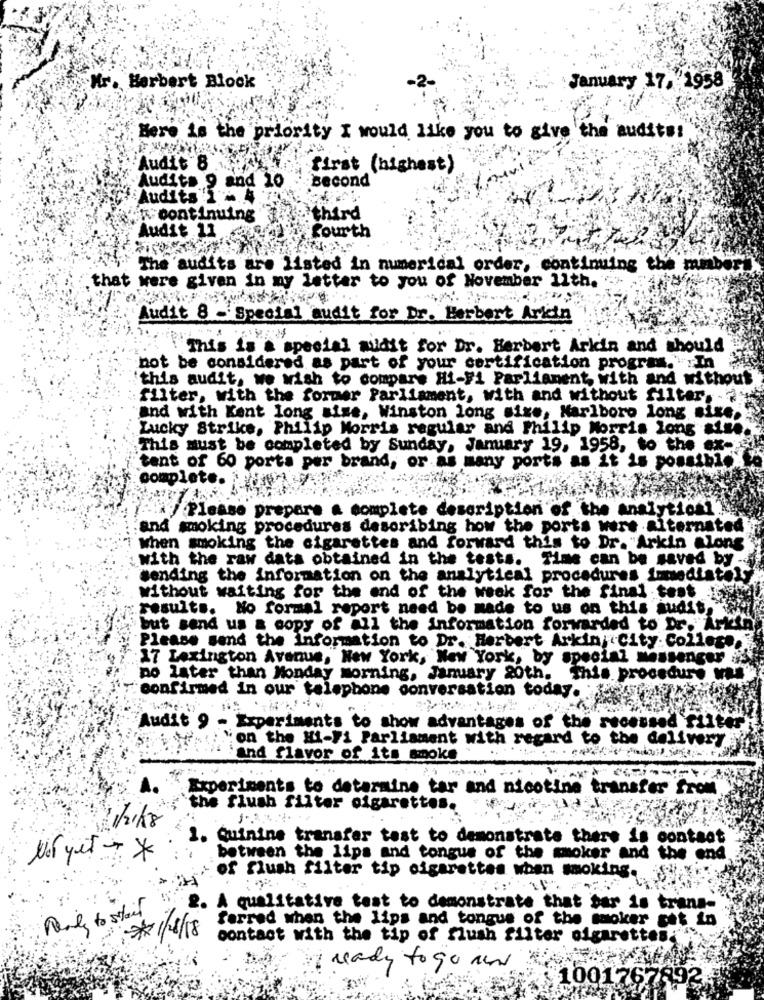
Mr. Herbert Block
January 17, 1958
Here is the priority I would like you to give the audits!
Audit 8
first (highest)
second
Audits 9 and 10
Audits .4
continuing
third
Audit 11
fourth
The 'audits are listed in numerical order, continuing the mil
that were given in my letter to you of November 11th.
Audit 8 -'Special audit for Dr. Herbert Arkin
This is A special midit for Dr. Herbert Arkin and should
not be considered as part of your certification program.""In
this audit, we wish to compare Hi-Fi Parliament, with and without
filter, with the former Parliament, with and without filter.
and with Kent long aise, Winston long size, Marlboro long six
Lucky Strike, Philip Morris regular and Philip Morris long aine
This must be completed by Sunday, January 19, 1958, to the ex-
tent of 60 porta per brand, or as many ports as it is possible"
complete. ud
Please prepare a complete description of the analytical?
and smoking procedures describing how the ports were alternated
when smoking the cigarettes and forward this to Dr. "Arkin alons
with the raw data obtained in the tests. Time can be saved by -
sending the information on the analytical procedures immediately
without waiting for the end of the week for the final test
results. No formal report need be made to us on this audit,
but send us a copy of all the information forwarded to Dr. Arkin
Please send the Information to Dr. Herbert Arkin; City College.
17 Lexington Avenue, New York, New York, by special messenger
no later than Monday morning, January 20th. This procedure wil
confirmed in our telephone conversation today.
. ...
Audit 9 - Experiments to show advantages of the recessed filter
on the Hi-Fi Parliament with regard to the delivery
Chiliand flavor of its smoke
Experiments to determine tar and nicotine transfer from
`the flush filter cigarettes
1/2/18
1. Quinine transfer test to demonstrate there is content
Not yet *
between the lips and tongue of the smoker and the end
of flush filter tip cigarettes when smoking.
A qualitative test to demonstrate that bar is trans-
Ready to start
ferred when the lips and tongue of the moker set in
*1/4/18
contact with the tip of flush filter cigarettes.
I ready to go and
1001767892